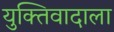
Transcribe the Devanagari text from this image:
युक्तिवादाला